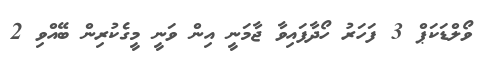
ވޯލްޑަކަޕް 3 ފަހަރު ހޯދާފައިވާ ޖާމަނީ އިން ވަނީ މީގެކުރިން ބޭއްވި 2